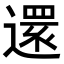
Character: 𮟃